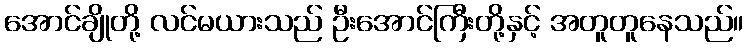
အောင်ချိုတို့ လင်မယားသည် ဦးအောင်ကြီးတို့နှင့် အတူတူနေသည်။